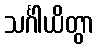
သင်္ဂါယိတွာ